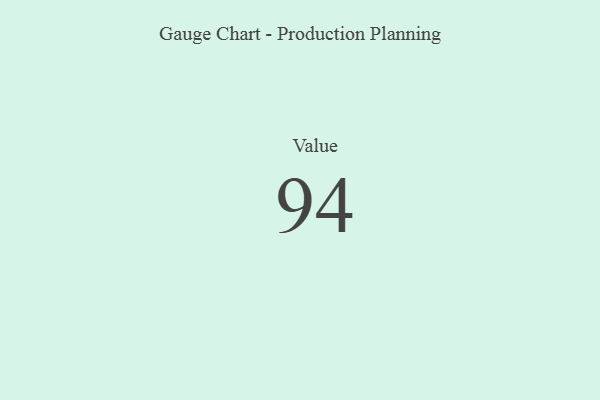
{"axis": {"x": "Metric", "y": "Value"}, "legend": [""], "data": [{"x": "Value", "y": 94, "type": ""}]}